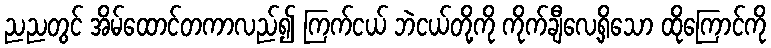
ညညတွင် အိမ်ထောင်တကာလည်၍ ကြက်ငယ် ဘဲငယ်တို့ကို ကိုက်ချီလေ့ရှိသော ထိုကြောင်ကို